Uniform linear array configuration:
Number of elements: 4
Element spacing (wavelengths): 1
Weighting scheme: exponential
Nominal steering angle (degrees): -15
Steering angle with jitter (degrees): -13.061
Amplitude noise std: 0.05
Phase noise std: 0.05

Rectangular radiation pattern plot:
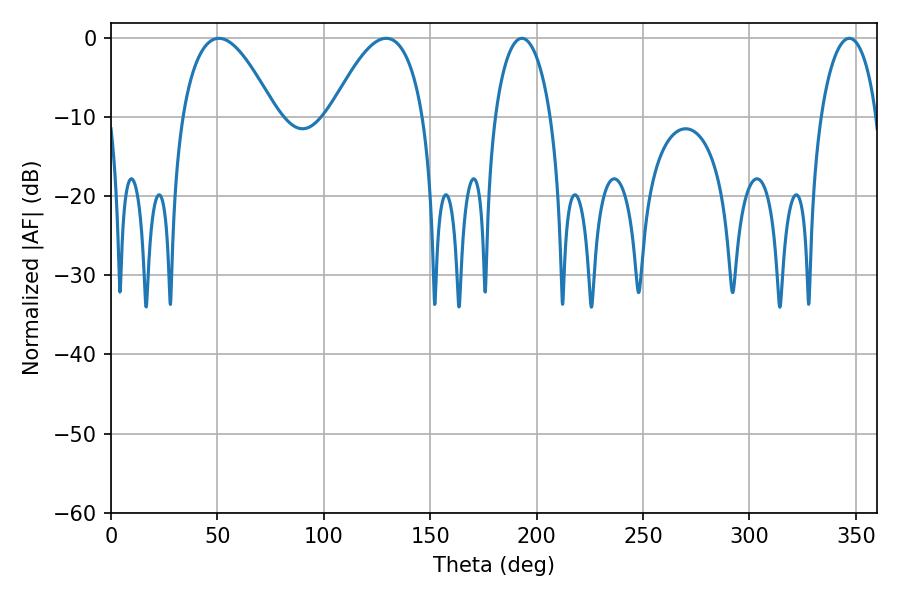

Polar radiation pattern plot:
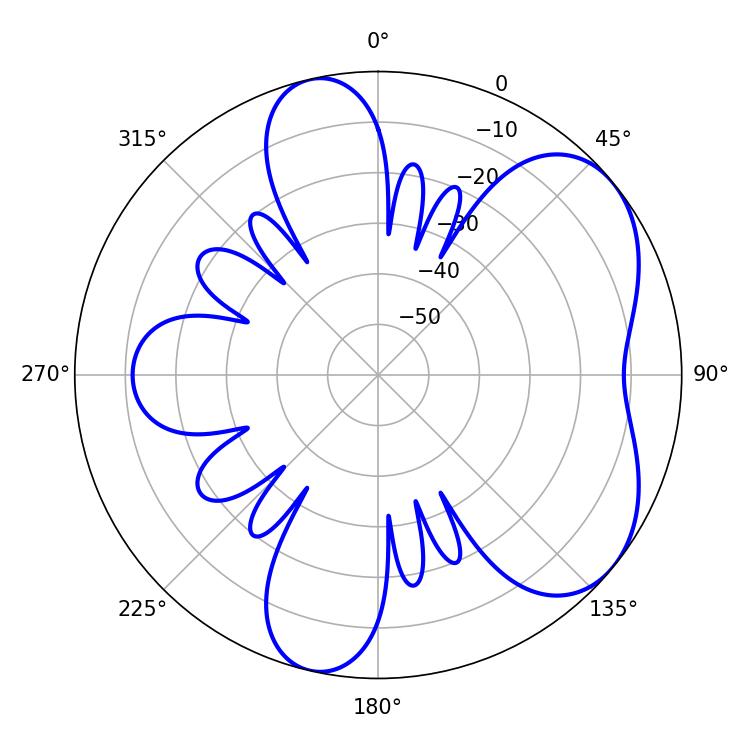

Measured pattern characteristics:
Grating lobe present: TRUE
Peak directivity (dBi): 5.376
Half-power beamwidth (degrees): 23.94
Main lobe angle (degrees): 50.76